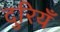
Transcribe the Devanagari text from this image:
दुरियँ